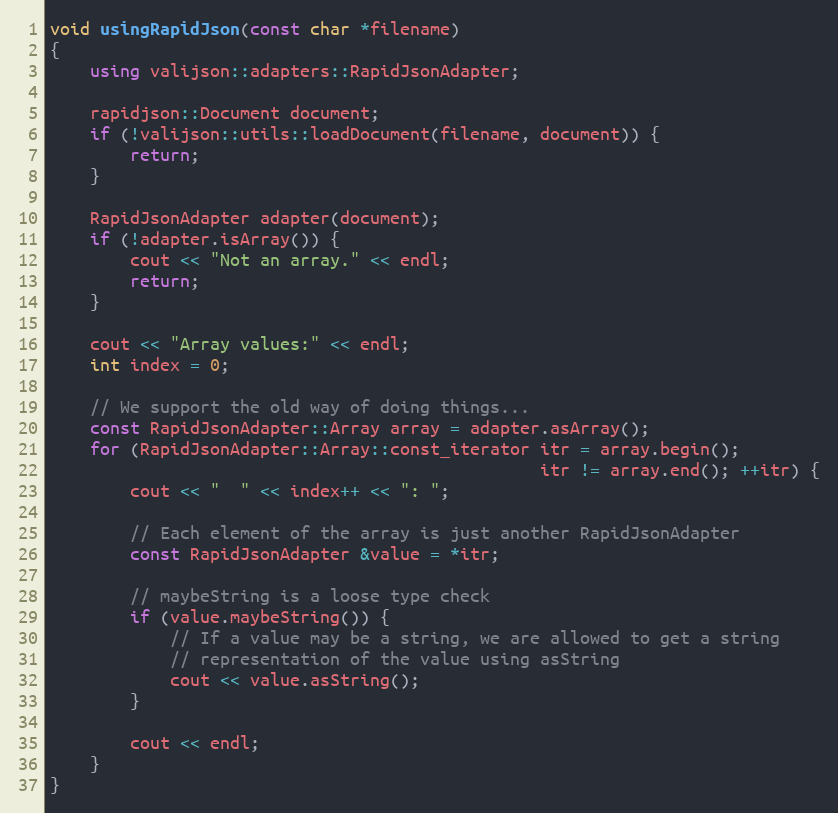
Language: C++
void usingRapidJson(const char *filename)
{
    using valijson::adapters::RapidJsonAdapter;

    rapidjson::Document document;
    if (!valijson::utils::loadDocument(filename, document)) {
        return;
    }

    RapidJsonAdapter adapter(document);
    if (!adapter.isArray()) {
        cout << "Not an array." << endl;
        return;
    }

    cout << "Array values:" << endl;
    int index = 0;

    // We support the old way of doing things...
    const RapidJsonAdapter::Array array = adapter.asArray();
    for (RapidJsonAdapter::Array::const_iterator itr = array.begin();
                                                 itr != array.end(); ++itr) {
        cout << "  " << index++ << ": ";

        // Each element of the array is just another RapidJsonAdapter
        const RapidJsonAdapter &value = *itr;

        // maybeString is a loose type check
        if (value.maybeString()) {
            // If a value may be a string, we are allowed to get a string
            // representation of the value using asString
            cout << value.asString();
        }

        cout << endl;
    }
}